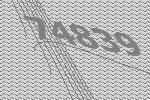
74839